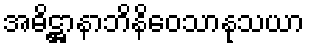
အဓိဋ္ဌာနာဘိနိဝေသာနုသယာ